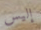
إليس